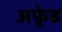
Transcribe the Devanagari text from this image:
अफ़्रेड